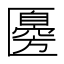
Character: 𠥣